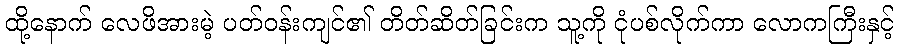
ထို့နောက် လေဖိအားမဲ့ ပတ်ဝန်းကျင်၏ တိတ်ဆိတ်ခြင်းက သူ့ကို ငုံပစ်လိုက်ကာ လောကကြီးနှင့်